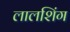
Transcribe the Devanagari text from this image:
लालशिंग